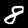
Label: 8